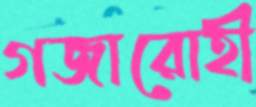
গজারোহী